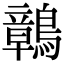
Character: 𪅂